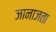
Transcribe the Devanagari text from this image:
जानाजता